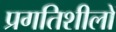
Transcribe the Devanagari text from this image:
प्रगतिशीलों